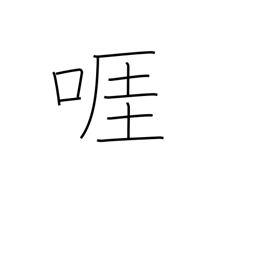
Meaning: wrangle